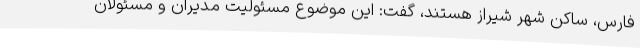
فارس، ساکن شهر شیراز هستند، گفت: این موضوع مسئولیت مدیران و مسئولان